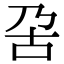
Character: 呄